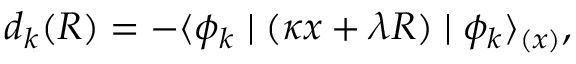
d _ { k } ( R ) = - \langle \phi _ { k } \mid ( \kappa x + \lambda R ) \mid \phi _ { k } \rangle _ { ( x ) } ,